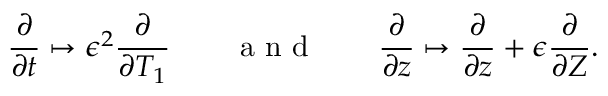
\frac { \partial } { \partial t } \mapsto \epsilon ^ { 2 } \frac { \partial } { \partial T _ { 1 } } \qquad \mathrm { ~ a ~ n ~ d ~ } \qquad \frac { \partial } { \partial z } \mapsto \frac { \partial } { \partial z } + \epsilon \frac { \partial } { \partial Z } .